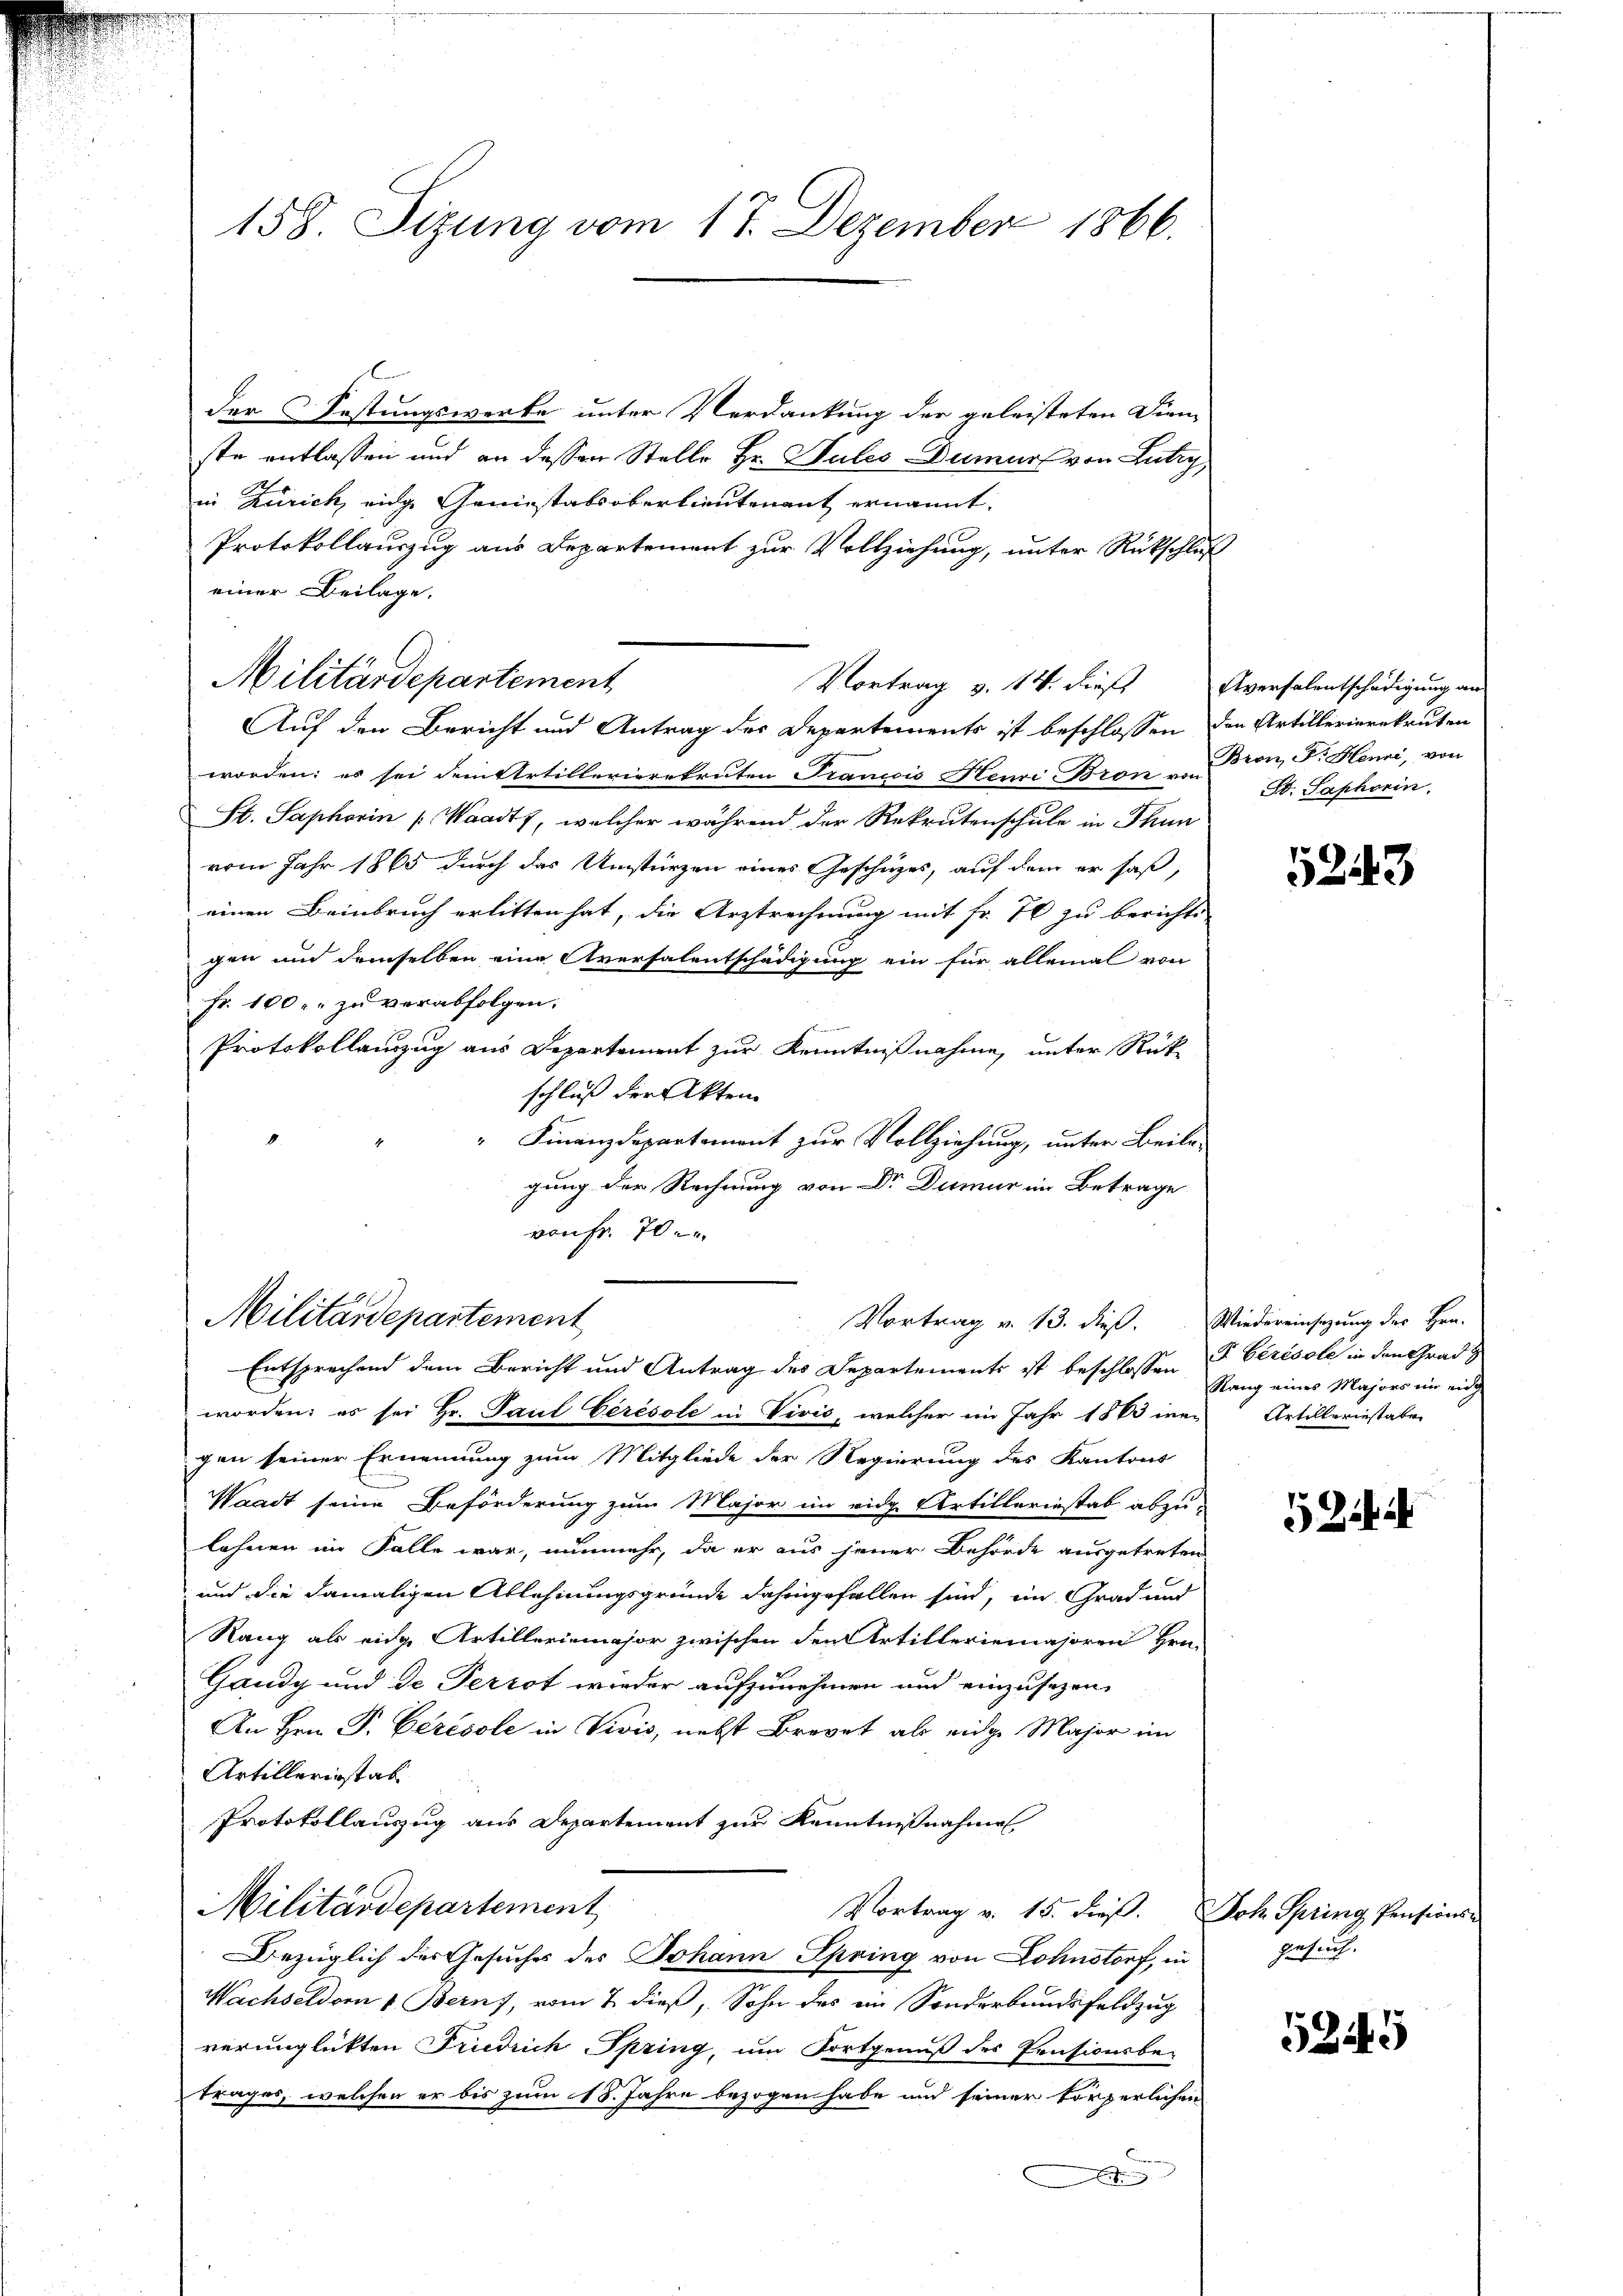
158. Sizung vom 17. Dezember 1866.

Militärdepartement

der Festungswerke unter Verdankung der geleisteten Dien-
ste entlassen und an dessen Stelle Hr. Sules-Dumurs von Lutry,
in Zürich eidg. Geniestals oberlieutenant ernannt.
Protokollauszug aus Departement zur Vollziehung, unter Rückschluß
einer Beilage.
Auf den Bericht und Antrag des Departements ist beschlossen den Artillerierekruten
worden; es sei den Artillerierekruten Trancois Neuri Bron von
St. Saphorin (Waadt, welcher während der Rekrutenschule in Thun
vom Jahr 1865 durch das Umsturzen eines Geschäzes, auf dem er saß,
einen Beinbruch erlitten hat, die Arztrechnung mit Fr. 70 zu berichte
gen und demselben eine Aversalentschädigung ein für allemal von
Fr. 100. zu verabfolgen.
Protokollauszug aus Departement zur Kenntnißnahme, unter Rückschluß der Akten
" Finanzdepartement zur Vollziehung, unter Beilagung der Rechnung von Dr. Dumur in Betrage
von Fr. 70.

Militärdepartement
Vortrag v. 13. dieß. Wiedereinsatzung des Hrn.
Entsprechend dem Bericht und Antrag des Departements ist beschlossen

worden; es sei Hr. Paul Cérésole in Vivić, welcher im Jahr 1883 inen Artilleriestaben
gen seiner Ernennung zum Mitgliede der Regierung des Kantons
Waadt seine Beförderung zum Major im vide Artilleriestab abzulehnen im Falle war, nunmehr, da er aus jener Behörde ausgetreten
und die damaligen Ablehnungsgründe dahingefallen sind, in Grad und
Rang als eidge Artilleriemajor zwischen den Artilleriemajoren Hrn.
Gandg und de Perrot wieder aufzunehmen und einzusezen,
An Hrn. P. Ceresole in Vivis, nebst Brevet als eidge Major im
Artillerist ab
Protokollauszug aus Departement zur Kenntnißnahme
Militärdepartement
Vortrag v. 15. dieβ. Joh. Spring Pensions-
Bezüglich des Gesuches des Johann Spring von Lohnstorf, in
Wachseldorn v. Berns, vom 7. dieß, Sohn des ein Sonderbundsfeldzug
verunglickten Friedrich Spring, um Fortgenuß des Pensionsbe-
trages, welchen er bis zum 18. Jahre bezogen habe und seiner körperlichen
.

Vortrag v. 14. dieß Aversalentschädigung an

Bron, Dr. Henri, von
S. Saphorin

5243

P. Cerésole in den Grad z
Rang eines Majors im eidg

5244

gesuch.

5245